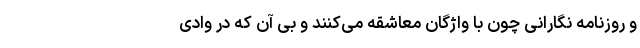
و روزنامه نگارانی چون با واژگان معاشقه می‌کنند و بی آن که در وادی